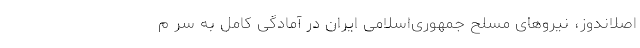
اصلاندوز، نیروهای مسلح جمهوری‌اسلامی ایران در آمادگی کامل به سر م